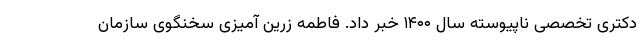
دکتری تخصصی ناپیوسته سال ۱۴۰۰ خبر داد. فاطمه زرین آمیزی سخنگوی سازمان